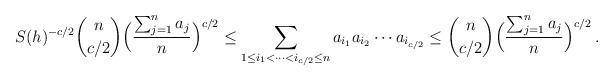
LaTeX: \begin{align*}{\displaystyle S(h)^{-c/2} {n \choose {c/2}}} \Big(\dfrac{\sum_{j=1}^{n}a_j}{n}\Big)^{c/2} \leq \displaystyle \sum_{ 1\leq i_1 < \cdots < i_{c/2} \leq n}a_{i_1} a_{i_2} \cdots a_{i_{c/2}} \leq {\displaystyle {n \choose {c/2}}} \Big(\dfrac{\sum_{j=1}^{n}a_j}{n}\Big)^{c/2}\:.\end{align*}